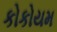
કોકોયમ